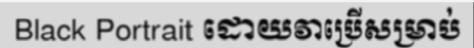
Black Portrait ដោយវាប្រើសម្រាប់